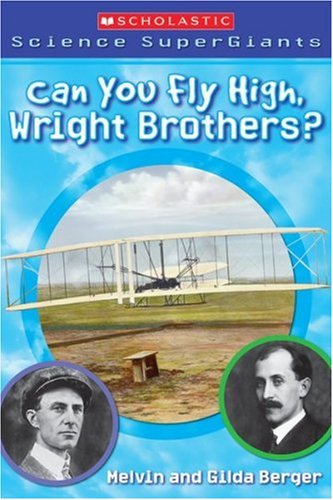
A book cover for Scholastic Science Supergiants: Can You Fly High, Wright Brothers?; Melvin Berger; Children's Books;